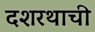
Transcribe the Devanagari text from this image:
दशरथाची